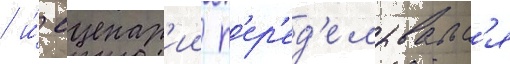
/ и́ сценар'ии п'ер'ед'елывалс'я